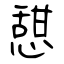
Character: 憇